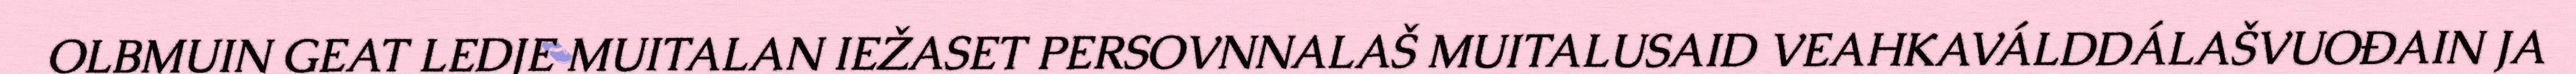
OLBMUIN GEAT LEDJE MUITALAN IEŽASET PERSOVNNALAŠ MUITALUSAID VEAHKAVÁLDDÁLAŠVUOĐAIN JA